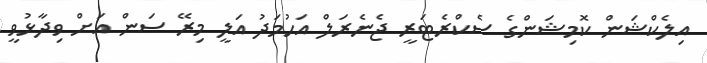
އިލެކްޝަން ކޮމިޝަންގެ ސެކްރެޓަރީ ޖެނެރަލް އަހުމަދު އަލީ މިރޭ ސަން އަށް ވިދާޅުވީ